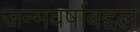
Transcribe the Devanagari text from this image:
जन्मवर्षाबद्दल